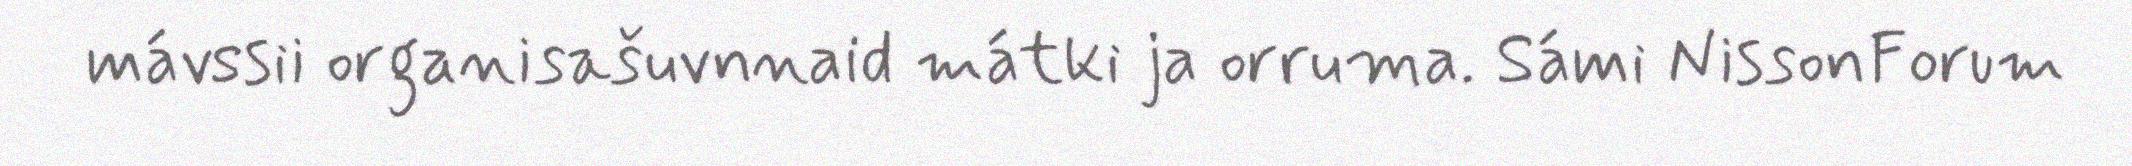
mávssii organisašuvnnaid mátki ja orruma. Sámi NissonForum